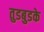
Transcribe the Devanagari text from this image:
तुडबुडके